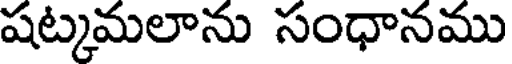
షట్కమలాను సంధానము